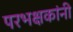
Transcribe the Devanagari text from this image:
परभक्षकांनी